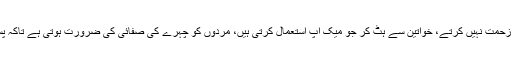
مانیں یا نہ مانیں مگر بیشتر افراد سونے سے قبل منہ دھونے کی زحمت نہیں کرتے، خواتین سے ہٹ کر جو میک اپ استعمال کرتی ہیں، مردوں کو چہرے کی صفائی کی ضرورت ہوتی ہے تاکہ پسینے کے آثار، آئل اور آلودگی کے اجتماع کو صاف کیا جاسکے۔